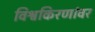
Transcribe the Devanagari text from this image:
विश्वकिरणांवर